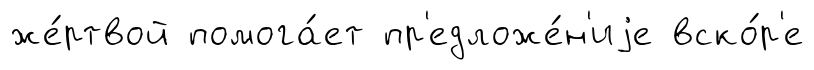
же́ртвой помога́ет пр'едложе́н'иjе вско́р'е